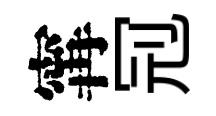
𡩋𠜍